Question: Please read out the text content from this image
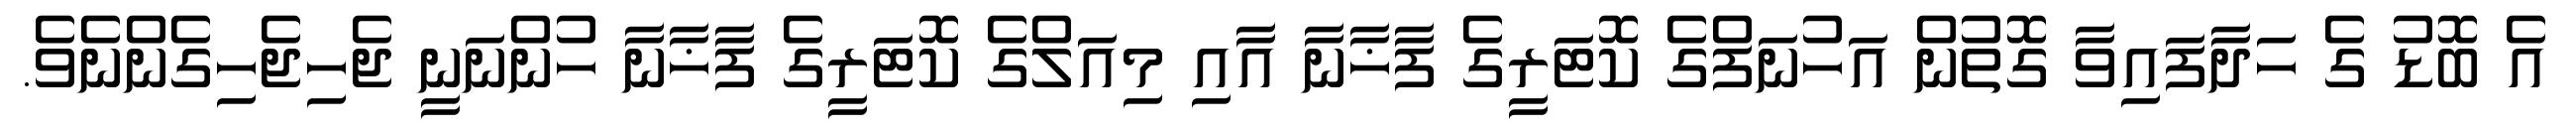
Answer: އެ ބޮޑު ގެ ހަދާފައިވާ ގޮތުން އަހުނަފްގެ ކޮޓަރީގެ ފާޚާނާ އާއި މިއަލްގެ ކޮޓަރީގެ ފާޚާނާ ހުންނަނީ ޖެހިޖެހިގެންނެވެ.